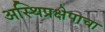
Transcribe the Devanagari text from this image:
अस्थिप्रक्षेपाचा